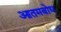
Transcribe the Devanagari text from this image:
आतमबोध